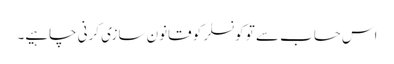
اس حساب سے تو کونسلر کو قانون سازی کرنی چاہیے۔